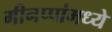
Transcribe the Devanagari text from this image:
मीनप्पांमध्ये